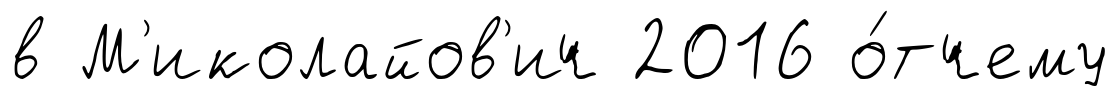
в М'иколайов'ич 2016 о́тчему